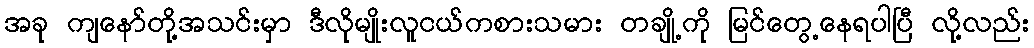
အခု ကျနော်တို့အသင်းမှာ ဒီလိုမျိုးလူငယ်ကစားသမား တချို့ကို မြင်တွေ့နေရပါပြီ လို့လည်း